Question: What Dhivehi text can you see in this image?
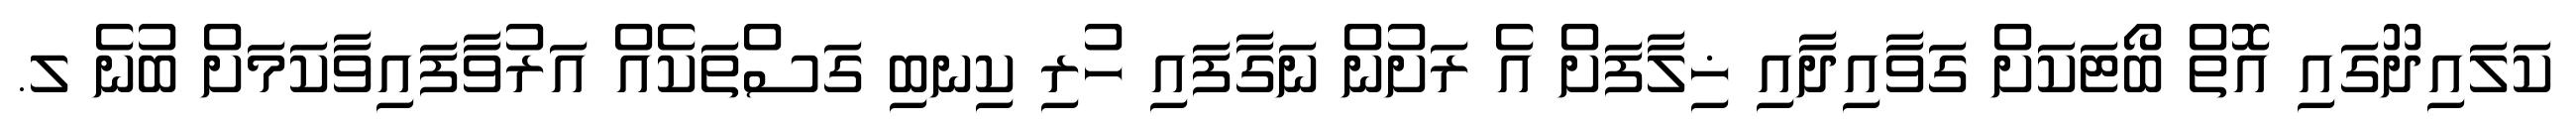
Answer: ކަލައިދޫގައި އޮތް ބޯޓަކަށް ގަވާއިދާއި ޚިލާފަށް އެ ރަށުން ނަގާފައި ހުރި ކިނބި ގަސްތަކެއް އަރުވާފައިވާކަމަށް ބުނެ ލ.